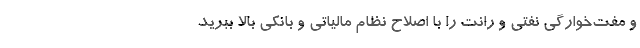
و مفت‌خوارگی نفتی و رانت را با اصلاح نظام مالیاتی و بانکی بالا ببرید